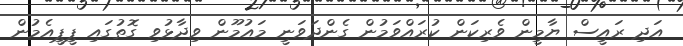
އަދި ރައީސް ޔާމީން ވެރިކަން ކުރައްވަމުން ގެންދަވަނީ މައުމޫން ވިދާޅުވި ގޮތުގައި ޕީޕީއެމުން